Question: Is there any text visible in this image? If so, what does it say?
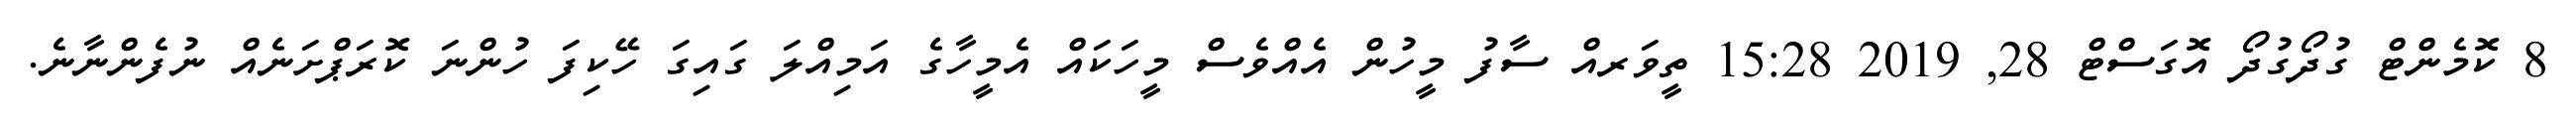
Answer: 8 ކޮމެންޓް ގުދޯގުދޯ އޮގަސްޓް 28, 2019 15:28 ތީވަރއް ސާފު މީހުން އެއްވެސް މީހަކައް އެމީހާގެ އަމިއްލަ ގައިގަ ހޭކިފަ ހުންނަ ކޮރަޕްށަނެއް ނުފެންނާނެ.